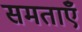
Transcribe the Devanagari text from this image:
समताएँ